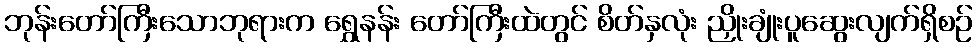
ဘုန်းတော်ကြီးသောဘုရားက ရွှေနန်း တော်ကြီးထဲတွင် စိတ်နှလုံး ညှိုးချုံးပူဆွေးလျက်ရှိစဉ်